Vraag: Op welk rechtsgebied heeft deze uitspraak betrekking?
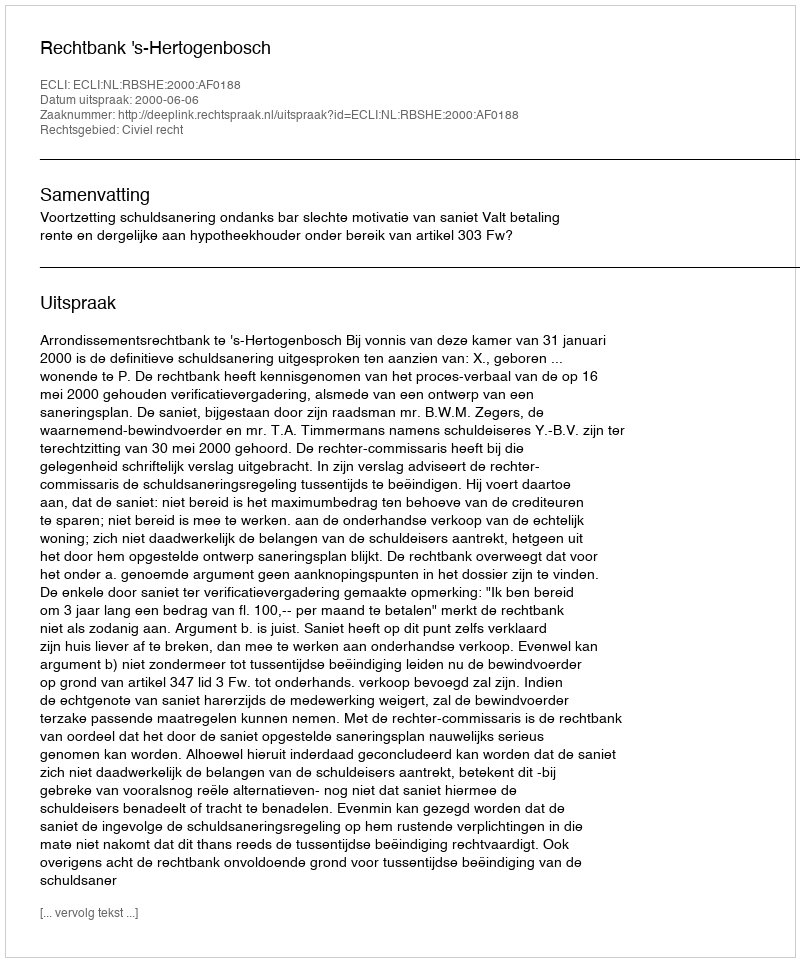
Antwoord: Civiel recht